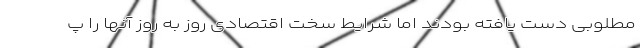
مطلوبی دست یافته بودند اما شرایط سخت اقتصادی روز به روز آنها را پ